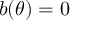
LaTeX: b ( \theta ) = 0